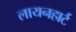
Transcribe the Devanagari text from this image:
लायनहार्ट